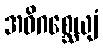
အဓိဂစ္ဆေယျံ